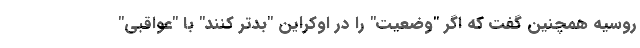
روسیه همچنین گفت که اگر "وضعیت" را در اوکراین "بدتر کنند" با "عواقبی"